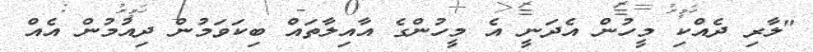
"ލާރި ދެއްކި މީހުން އެދަނީ އެ މީހުންގެ އާއިލާތައް ބިކަވަމުން ދިއުމުން އެއް